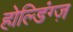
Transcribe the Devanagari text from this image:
होल्डिंग्ज़